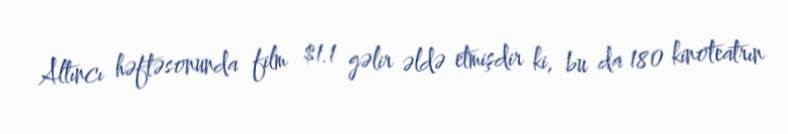
Altıncı həftəsonunda film $1.1 gəlir əldə etmişdir ki, bu da 180 kinoteatrın